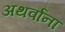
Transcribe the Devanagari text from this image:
अथर्वांना